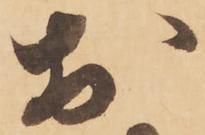
於